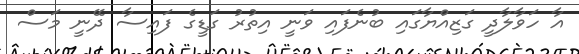
އާ ހަވާލާދީ ގަޒިއްޔާގައި ބުނެފައި ވަނީ އިތުރު ގަޑީގެ ފައިސާ ދޭނީ މަސް